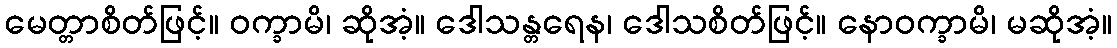
မေတ္တာစိတ်ဖြင့်။ ဝက္ခာမိ၊ ဆိုအံ့။ ဒေါသန္တရေန၊ ဒေါသစိတ်ဖြင့်။ နောဝက္ခာမိ၊ မဆိုအံ့။